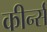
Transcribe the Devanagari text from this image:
कीर्न्स